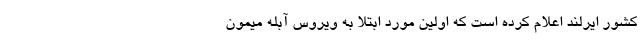
کشور ایرلند اعلام کرده است که اولین مورد ابتلا به ویروس آبله میمون